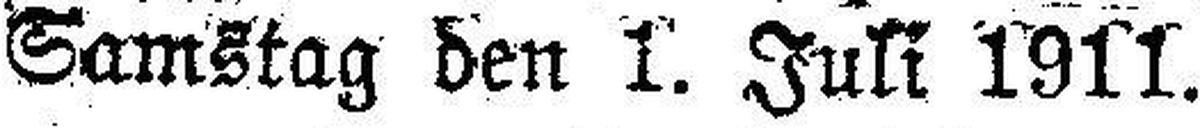
Samstag den 1. Juli 1911.